Report of the Indian Hemp Drugs Commission, 1894-1895 - Volume VII
Year: 1894
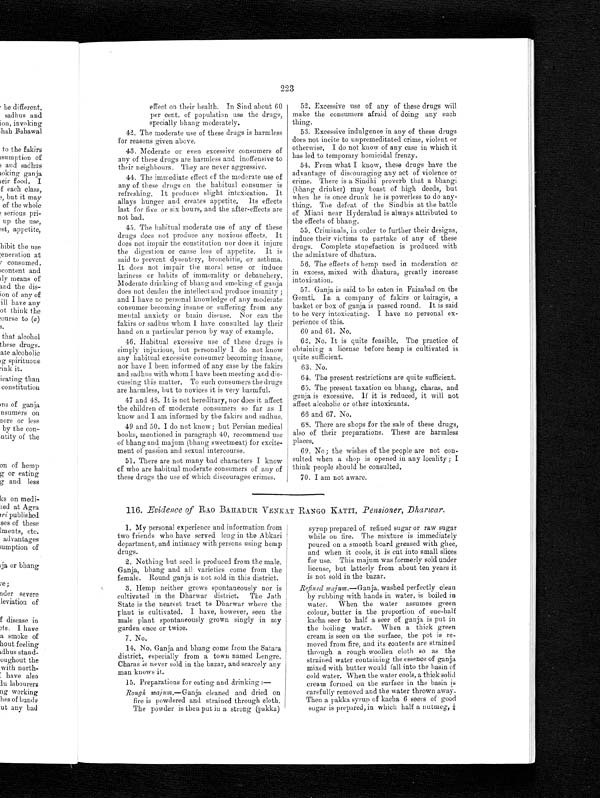
223
effect on their health. In Sind about 60
per cent. of population use the drugs,
specially bhang moderately.
42. The moderate use of these drugs is harmless
for reasons given above.
43. Moderate or even excessive consumers of
any of these drugs are harmless and inoffensive to
their neighbours. They are never aggressive.
44. The immediate effect of the moderate use of
any of these drugs on the habitual consumer is
refreshing. It produces slight intoxication. It
allays hunger and creates appetite, Its effects
last for five or six hours, and the after-effects are
not bad.
45. The habitual moderate use of any of these
drugs does not produce any noxious effects. It
does not impair the constitution nor does it injure
the digestion or cause loss of appetite. It is
said to prevent dysentery, bronchitis, or asthma.
It does not impair the moral sense or induce
laziness or habits of immorality or debauchery.
Moderate drinking of bhang and smoking of ganja
does not deaden the intellect and produce insanity ;
and I have no personal knowledge of any moderate
consumer becoming insane or suffering from any
mental anxiety or brain disease. Nor can the
fakirs or sadhus whom I have consulted lay their
hand on a particular person by way of example.
46. Habitual excessive use of these drugs is
simply injurious, but personally I do not know
any habitual excessive consumer becoming insane,
nor have I been informed of any case by the fakirs
and sadhus with whom I have been meeting and dis-
cussing this matter. To such consumers the drugs
are harmless, but to novices it is very harmful.
47 and 48. It is not hereditary, nor does it affect
the children of moderate consumers so far as I
know and I am informed by the fakirs and sadhus.
49 and 50. I do not know; but Persian medical
books, mentioned in paragraph 40, recommend use
of bhang and majum (bhang sweetmeat) for excite-
ment of passion and sexual intercourse.
51. There are not many bad characters I know
of who are habitual moderate consumers of any of
these drugs the use of which discourages crimes.
52. Excessive use of any of these drugs will
make the consumers afraid of doing any such
thing.
53. Excessive indulgence in any of these drugs
does not incite to unpremeditated crime, violent or
otherwise. I do not know of any case in which it
has led to temporary homicidal frenzy.
54. From what I know, these drugs have the
advantage of discouraging any act of violence or
crime. There is a Sindhi proverb that a bhangi
(bhang drinker) may boast of high deeds, but
when he is once drunk he is powerless to do any-
thing. The defeat of the Sindhis at the battle
of Miani near Hyderabad is always attributed to
the effects of bhang.
55. Criminals, in order to further their designs,
induce their victims to partake of any of these
drugs. Complete stupefaction is produced with
the admixture of dhatura.
56. The effects of hemp used in moderation or
in excess, mixed with dhatura, greatly increase
intoxication.
57. Ganja is said to be eaten in Faizabad on the
Gomti. In a company of fakirs or bairagis, a
basket or box of ganja is passed round. It is said
to be very intoxicating. I have no personal ex-
perience of this.
60 and 61. No.
62. No. It is quite feasible. The practice of
obtaining a license before hemp is cultivated is
quite sufficient.
63. No.
64. The present restrictions are quite sufficient.
65. The present taxation on bhang, charas, and
ganja is excessive. If it is reduced, it will not
affect alcoholic or other intoxicants.
66 and 67. No.
68. There are shops for the sale of these drugs,
also of their preparations. These are harmless
places
69. No ; the wishes of the people are not con-
sulted when a shop is opened in any locality ; I
think people should be consulted.
70. I am not aware.
116. Evidence of RAO BAHADUR VENKAT RANGO KATTI, Pensioner, Dharwar.
1 . M y p e r s o n a l e x p e r i e n c e a n d i n f o r m a t i o n f r o m t w o f r i e n d s w h o h a v e s e r v e d l o n g i n t h e A b k a r i
department, and intimacy with persons using hemp
drugs.
2. Nothing but seed is produced from the male.
Ganja, bhang and all varieties come from the
female. Round ganja is not sold in this district.
3. Hemp neither grows spontaneously nor is
cultivated in the Dharwar district. The Jath
State is the nearest tract to Dharwar where the
plant is cultivated. I have, however, seen the
male plant spontaneously grown singly in my
garden once or twice.
7. No.
14. No. Ganja and bhang come from the Satara
district, especially from a town named Lengre.
Charas is never sold in the bazar, and scarcely any
man knows it.
15. Preparations for eating and drinking :—
Rough majum.—Ganja cleaned and dried on
fire is powdered and strained through cloth.
The powder is then put in a strong (pakka)
syrup prepare o re fined sugar or raw sugar
while on fire. The mixture is immediately
poured on a smooth board greased with ghee,
and when it cools, it is cut into small slices
for use. This majum was formerly sold under
license, but latterly from about ten years it
is not sold in the bazar.
Refined majum.—Ganja, washed perfectly clean
by rubbing with hands in water, is boiled in
water. When the water assumes green
colour, butter in the proportion of one-half
kacha seer to half a seer of ganja is put in
the boiling water. When a thick green
cream is seen on the surface, the pot is re-
moved from fire, and its contents are strained
through a rough woollen cloth so as the
strained water containing the essence of ganja
mixed with butter would fall into the basin of
cold water. When the water cools, a thick solid
cream formed on the surface in the basin is
carefully removed and the water thrown away.
Then a pakka syrup of kacha 6 seers of good
sugar is prepared, in which half a nutmeg, ¼